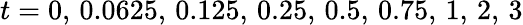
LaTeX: t=0,\, 0.0625,\, 0.125,\, 0.25,\, 0.5,\, 0.75,\, 1,\, 2,\, 3